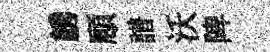
綉頋譜沃陴